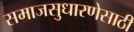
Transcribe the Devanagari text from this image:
समाजसुधारणेसाठी